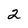
Character: 2